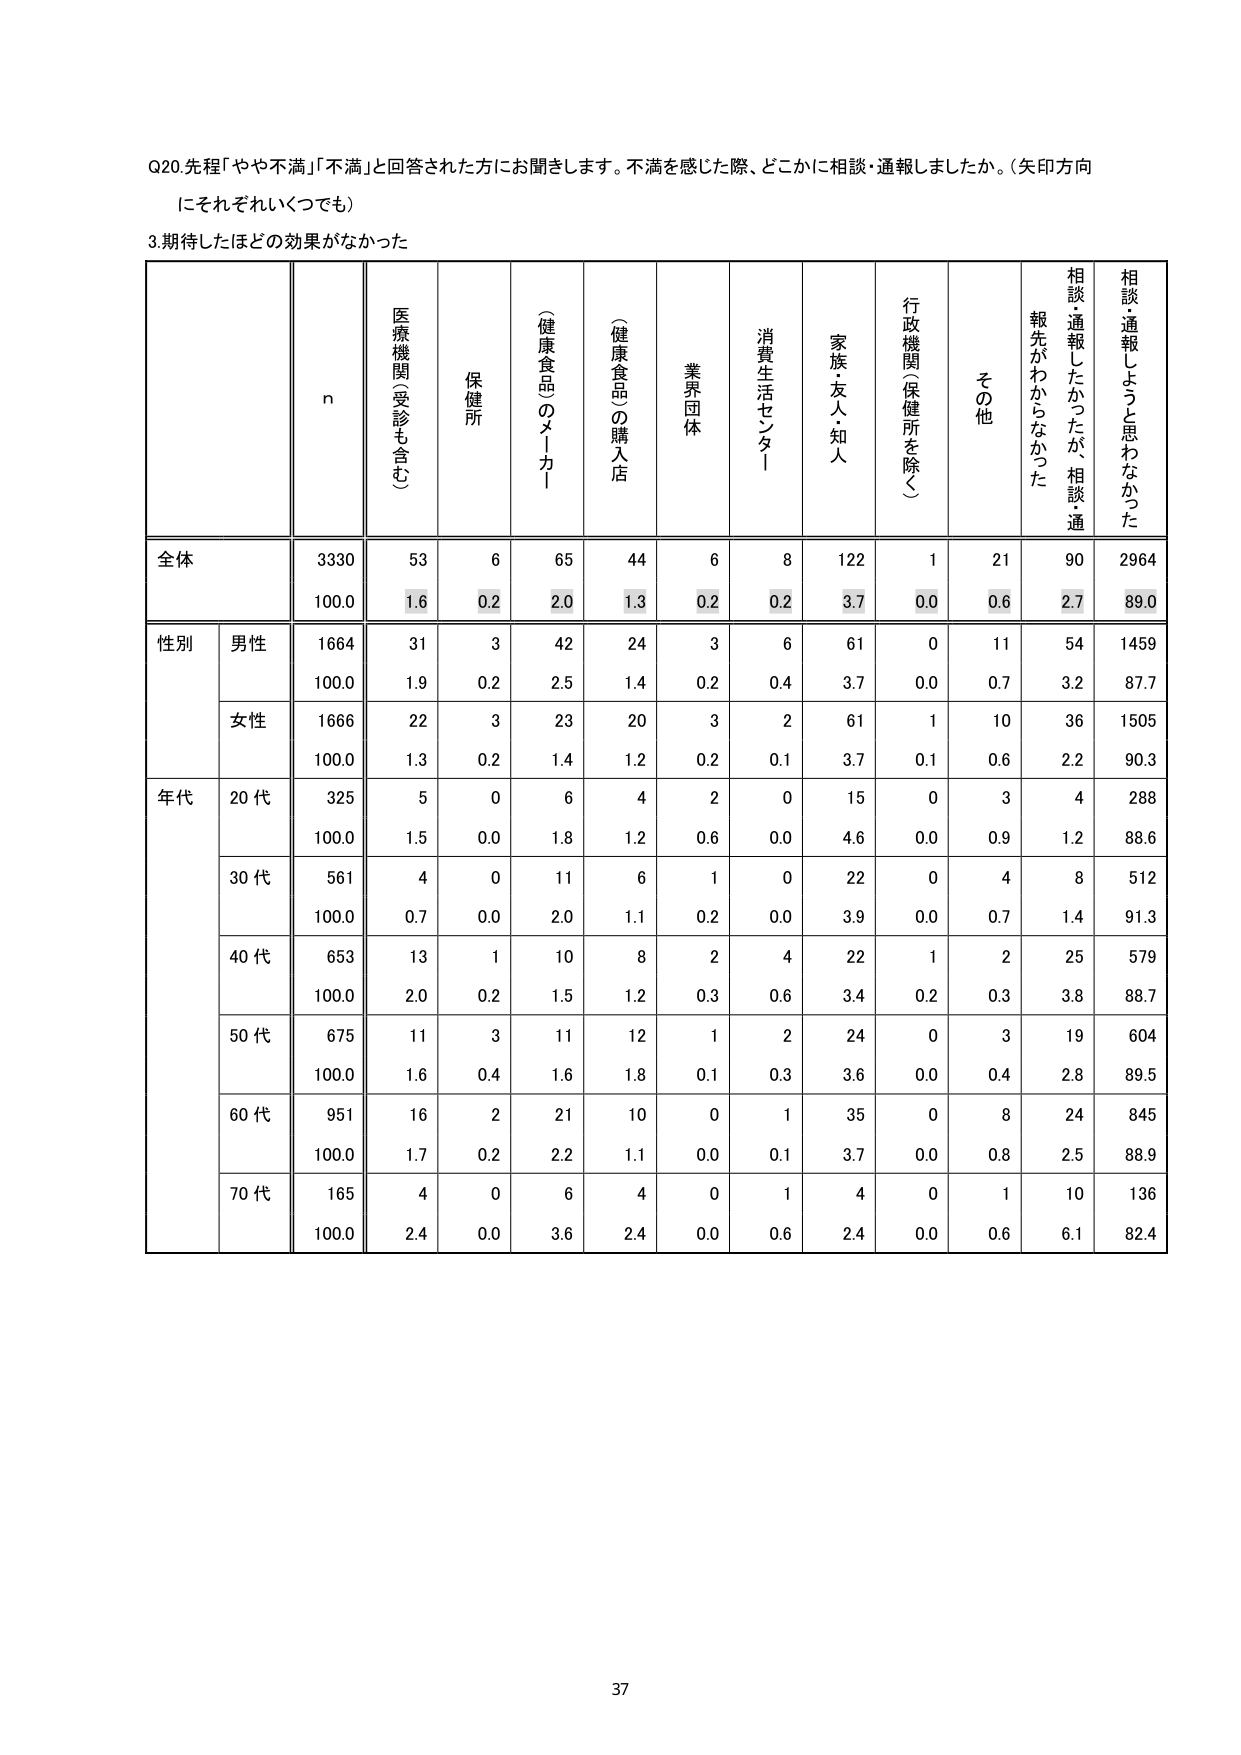
Q20. 先程「やや不満」「不満」と回答された方にお聞きします。不満を感じた際、どこかに相談・通報しましたか。（矢印方向にそれぞれいくつでも）

3. 期待したほどの効果がなかった

n
医療機関（受診も含む）
保健所
（健康食品のメーカー）
（健康食品）の購入店
業界団体
消費生活センター
家族・友人・知人
行政機関（保健所を除く）
その他
相談・通報したかったが、相談・通報先がわからなかった
相談・通報しようと思わなかった

全体
3330
53
6
65
44
6
8
122
1
21
90
2964
100.0
1.6
0.2
2.0
1.3
0.2
0.2
3.7
0.0
0.6
2.7
89.0

性別
男性
1664
31
3
42
24
3
6
61
0
11
54
1459
100.0
1.9
0.2
2.5
1.4
0.2
0.4
3.7
0.0
0.7
3.2
87.7

女性
1666
22
3
23
20
3
2
61
1
10
36
1505
100.0
1.3
0.2
1.4
1.2
0.2
0.1
3.7
0.1
0.6
2.2
90.3

年代
20代
325
5
0
6
4
2
0
15
0
3
4
288
100.0
1.5
0.0
1.8
1.2
0.6
0.0
4.6
0.0
0.9
1.2
88.6

30代
561
4
0
11
6
1
0
22
0
4
8
512
100.0
0.7
0.0
2.0
1.1
0.2
0.0
3.9
0.0
0.7
1.4
91.3

40代
653
13
1
10
8
2
4
22
1
2
25
579
100.0
2.0
0.2
1.5
1.2
0.3
0.6
3.4
0.2
0.3
3.8
88.7

50代
675
11
3
11
12
1
2
24
0
3
19
604
100.0
1.6
0.4
1.6
1.8
0.1
0.3
3.6
0.0
0.4
2.8
89.5

60代
951
16
2
21
10
0
1
35
0
8
24
845
100.0
1.7
0.2
2.2
1.1
0.0
0.1
3.7
0.0
0.8
2.5
88.9

70代
165
4
0
6
4
0
1
4
0
1
10
136
100.0
2.4
0.0
3.6
2.4
0.0
0.6
2.4
0.0
0.6
6.1
82.4

37